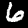
Digit: 6